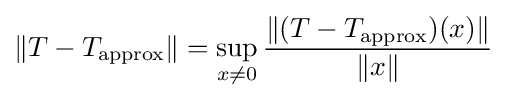
\|T-T_{\text{approx}}\|=\sup _{x\neq 0}{\frac {\|(T-T_{\text{approx}})(x)\|}{\|x\|}}